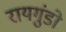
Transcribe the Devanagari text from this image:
रायगुंडो